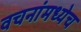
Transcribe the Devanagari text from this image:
वचनांमध्येच